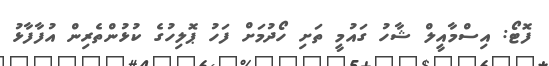
ފޮޓޯ: އިސްމާއީލް ޝާހު ގައުމީ ތަށި ހޯދުމަށް ފަހު ޕޮލިހުގެ ކުޅުންތެރިން އުފާފާޅު